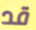
قد